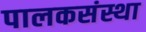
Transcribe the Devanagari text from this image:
पालकसंस्था